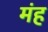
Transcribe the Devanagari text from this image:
मंह